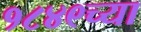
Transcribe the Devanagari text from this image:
१८४९च्या